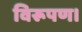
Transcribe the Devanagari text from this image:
विरूपण।